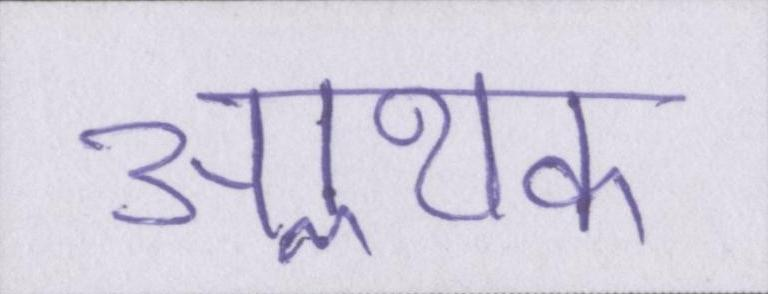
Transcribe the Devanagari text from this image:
आॢथक